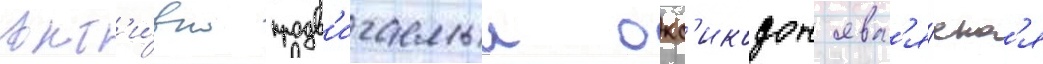
Акт'и́вно продв'игаемыи окс'икодон явл'я́етс'я